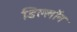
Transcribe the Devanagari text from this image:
डिल्लॉन